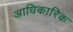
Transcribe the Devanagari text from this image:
अाधिकारिक